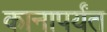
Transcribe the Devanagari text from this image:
कानापर्यंत